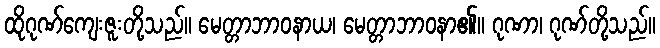
ထိုဂုဏ်ကျေးဇူးတို့သည်။ မေတ္တာဘာဝနာယ၊ မေတ္တာဘာဝနာ၏။ ဂုဏာ၊ ဂုဏ်တို့သည်။